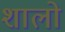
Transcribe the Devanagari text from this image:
शालो